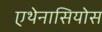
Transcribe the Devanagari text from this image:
एथेनासियोस